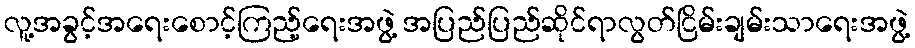
လူ့အခွင့်အရေးစောင့်ကြည့်ရေးအဖွဲ့ အပြည်ပြည်ဆိုင်ရာလွတ်ငြိမ်းချမ်းသာရေးအဖွဲ့